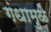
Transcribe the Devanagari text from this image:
गंधामुळे